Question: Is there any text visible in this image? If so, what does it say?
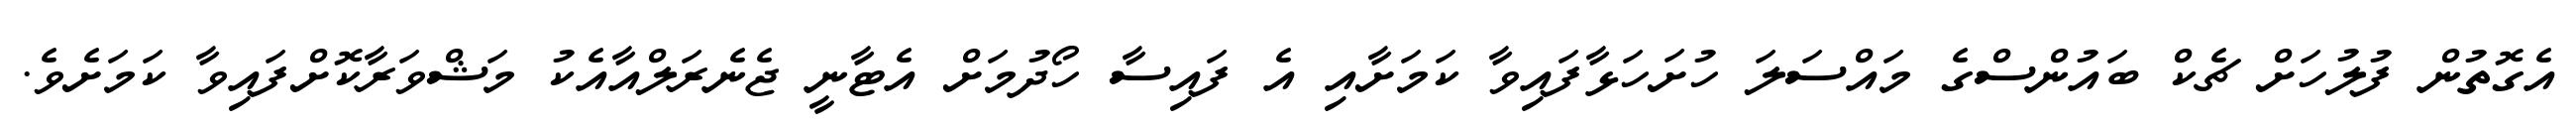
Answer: އެގޮތުން ފުލުހަށް ޗެކް ބައުންސްގެ މައްސަލަ ހުށަހަޅާފައިވާ ކަމަށާއި އެ ފައިސާ ހޯދުމަށް އެޓާނީ ޖެނެރަލްއާއެކު މަޝްވަރާކޮށްފައިވާ ކަމަށެވެ.